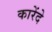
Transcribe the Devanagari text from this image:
कारेंदे